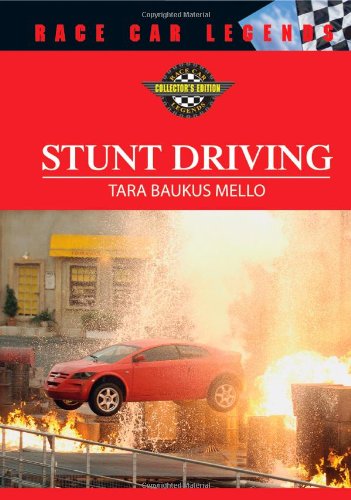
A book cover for Stunt Driving (Race Car Legends: Collector's Edition); Tara Baukus Mello; Teen & Young Adult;